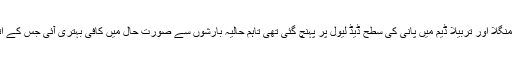
کہنا ہے کہ دسمبر 2018 تک منگلا اور تربیلا ڈیم میں پانی کی سطح ڈیڈ لیول پر پہنچ گئی تھی تاہم حالیہ بارشوں سے صورت حال میں کافی بہتری آئی جس کے اثرات فصلوں پر نمایاں ہوں گے۔